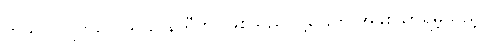
ကိုယ်ပိုင်ဂျက်လေယာဉ် နာရီတွင်ဖြစ်သည် ငါ့ခြေကို အနှစ်သာရမဲ့သည့်